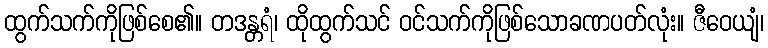
ထွက်သက်ကိုဖြစ်စေ၏။ တဒန္တရံ၊ ထိုထွက်သင် ဝင်သက်ကိုဖြစ်သောခဏပတ်လုံး။ ဇီဝေယျံ၊